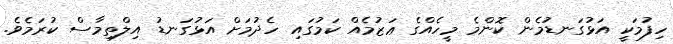
ހިފުމަކީ އަޅުގަނޑުމެން ކޮންމެ މީހެއްގެ ޢަޒުމެއް ކަމުގައި ހެދުމަށް އަޅުގަނޑު އިލްތިމާސް ކުރަމެވެ.